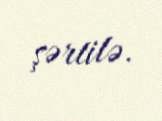
şərtilə.